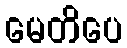
မေတိပေ